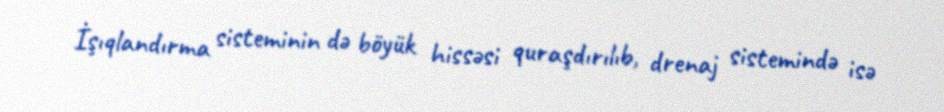
İşıqlandırma sisteminin də böyük hissəsi quraşdırılıb, drenaj sistemində isə